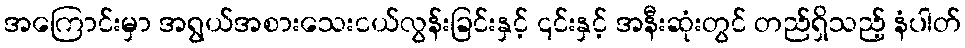
အကြောင်းမှာ အရွယ်အစားသေးငယ်လွန်းခြင်းနှင့် ၎င်းနှင့် အနီးဆုံးတွင် တည်ရှိသည့် နံပါတ်